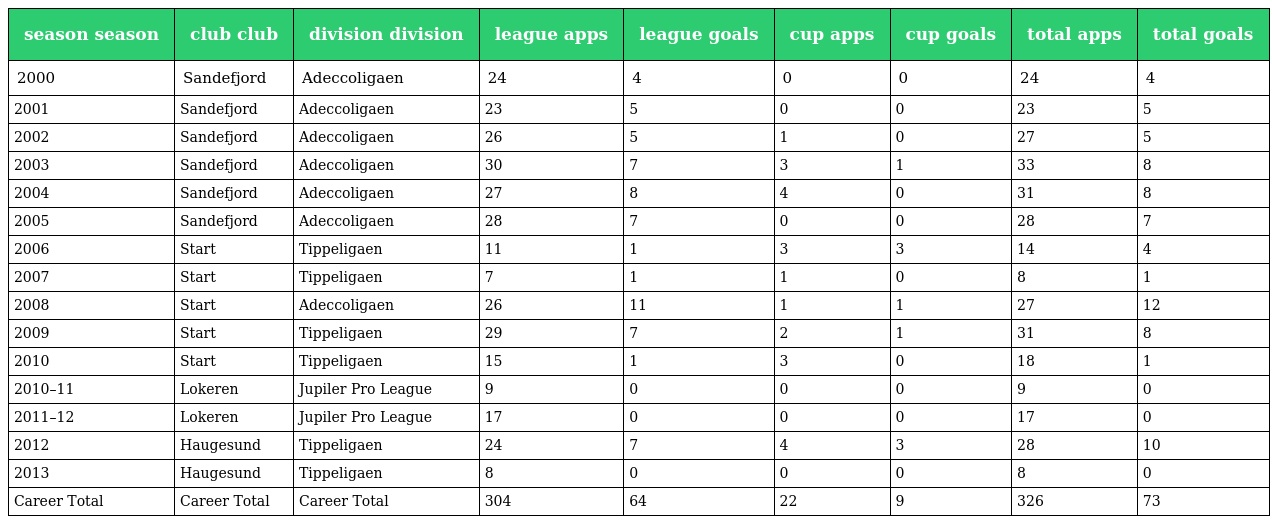
| season season | club club | division division | league apps | league goals | cup apps | cup goals | total apps | total goals |
 | --- | --- | --- | --- | --- | --- | --- | --- | --- |
 | 2000 | Sandefjord | Adeccoligaen | 24 | 4 | 0 | 0 | 24 | 4 |
 | 2001 | Sandefjord | Adeccoligaen | 23 | 5 | 0 | 0 | 23 | 5 |
 | 2002 | Sandefjord | Adeccoligaen | 26 | 5 | 1 | 0 | 27 | 5 |
 | 2003 | Sandefjord | Adeccoligaen | 30 | 7 | 3 | 1 | 33 | 8 |
 | 2004 | Sandefjord | Adeccoligaen | 27 | 8 | 4 | 0 | 31 | 8 |
 | 2005 | Sandefjord | Adeccoligaen | 28 | 7 | 0 | 0 | 28 | 7 |
 | 2006 | Start | Tippeligaen | 11 | 1 | 3 | 3 | 14 | 4 |
 | 2007 | Start | Tippeligaen | 7 | 1 | 1 | 0 | 8 | 1 |
 | 2008 | Start | Adeccoligaen | 26 | 11 | 1 | 1 | 27 | 12 |
 | 2009 | Start | Tippeligaen | 29 | 7 | 2 | 1 | 31 | 8 |
 | 2010 | Start | Tippeligaen | 15 | 1 | 3 | 0 | 18 | 1 |
 | 2010–11 | Lokeren | Jupiler Pro League | 9 | 0 | 0 | 0 | 9 | 0 |
 | 2011–12 | Lokeren | Jupiler Pro League | 17 | 0 | 0 | 0 | 17 | 0 |
 | 2012 | Haugesund | Tippeligaen | 24 | 7 | 4 | 3 | 28 | 10 |
 | 2013 | Haugesund | Tippeligaen | 8 | 0 | 0 | 0 | 8 | 0 |
 | Career Total | Career Total | Career Total | 304 | 64 | 22 | 9 | 326 | 73 |